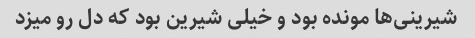
شیرینی‌ها مونده بود و خیلی شیرین بود که دل رو میزد